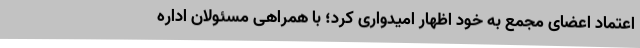
اعتماد اعضای مجمع به خود اظهار امیدواری کرد؛ با همراهی مسئولان اداره